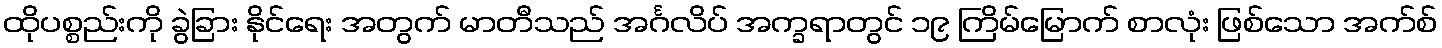
ထိုပစ္စည်းကို ခွဲခြား နိုင်ရေး အတွက် မာတီသည် အင်္ဂလိပ် အက္ခရာတွင် ၁၉ ကြိမ်မြောက် စာလုံး ဖြစ်သော အက်စ်